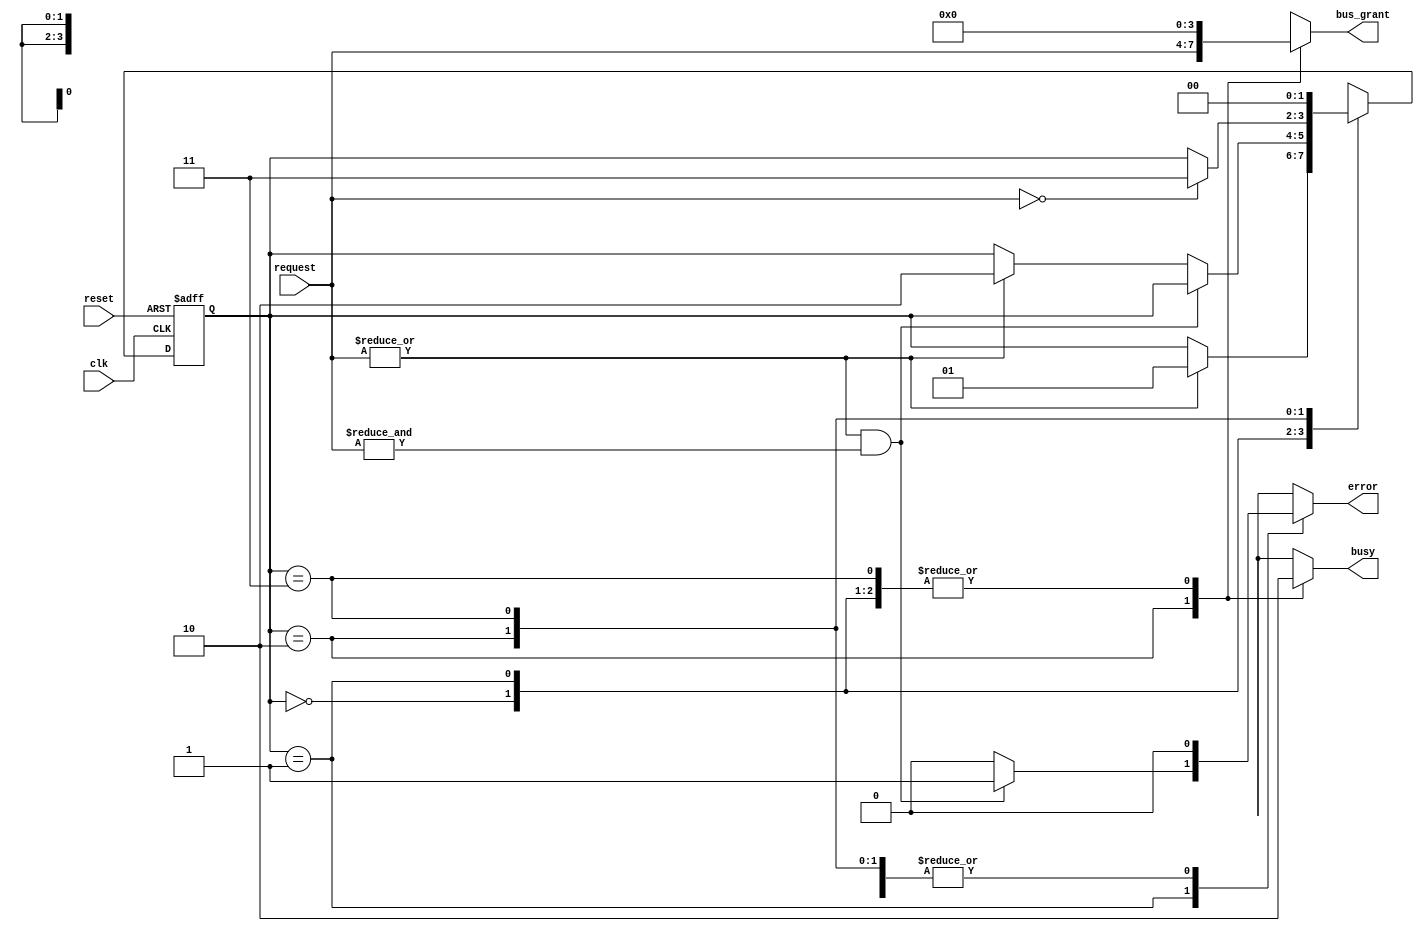
module BusController (
    input wire clk,               // Clock signal
    input wire reset,             // Reset signal
    input wire [N-1:0] request,   // Request signals from devices (N devices)
    output reg [N-1:0] bus_grant, // Bus grant signal
    output reg busy,              // Busy signal
    output reg error              // Error signal
);

parameter N = 4; // Number of devices
parameter IDLE = 2'b00, REQUEST = 2'b01, GRANT = 2'b10, RELEASE = 2'b11;

// State and next state registers
reg [1:0] current_state, next_state;

// State transition logic
always @(posedge clk or posedge reset) begin
    if (reset) begin
        current_state <= IDLE;
    end else begin
        current_state <= next_state;
    end
end

// Next state logic
always @(*) begin
    // Default values
    next_state = current_state;
    bus_grant = 0;
    busy = 0;
    error = 0;

    case (current_state)
        IDLE: begin
            if (|request) begin // If any request is asserted
                next_state = REQUEST;
            end
        end
        
        REQUEST: begin
            // Check for multiple requests
            if (|request && &request) begin
                error = 1; // Conflict detected
            end else if (|request) begin
                next_state = GRANT;
            end
        end
        
        GRANT: begin
            busy = 1; // Bus is busy
            bus_grant = request; // Grant bus to the requesting device
            if (!request) begin // If the requesting device releases the bus
                next_state = RELEASE;
            end
        end
        
        RELEASE: begin
            if (!busy) begin
                next_state = IDLE; // Return to idle state
            end
        end
        
        default: begin
            next_state = IDLE; // Default to idle state
        end
    endcase
end

endmodule